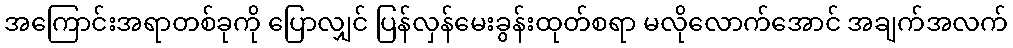
အကြောင်းအရာတစ်ခုကို ပြောလျှင် ပြန်လှန်မေးခွန်းထုတ်စရာ မလိုလောက်အောင် အချက်အလက်